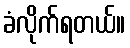
ခံလိုက်ရတယ်။